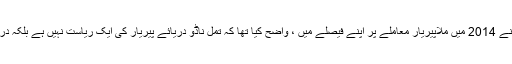
تاہم ، ہندوستان کی سپریم کورٹ نے 2014 میں ملاپیریار معاملے پر اپنے فیصلے میں ، واضح کیا تھا کہ تمل ناڈو دریائے پیریار کی ایک ریاست نہیں ہے بلکہ دریا خود ایک بین ریاستی دریا ہے۔